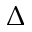
\Delta